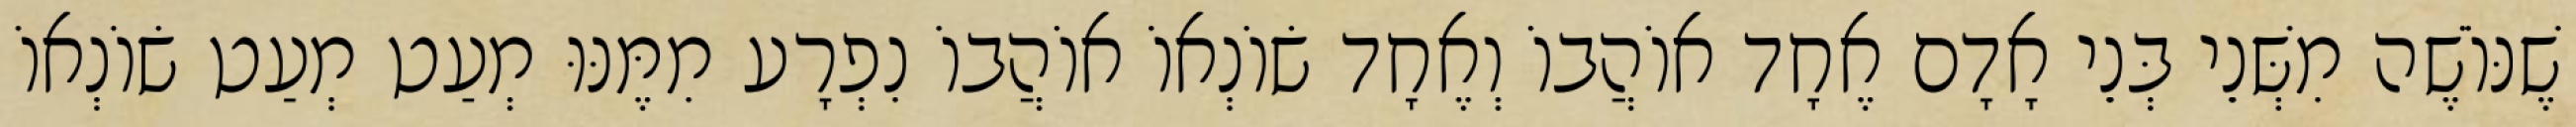
שֶׁנּוֹשֶׁה מִשְּׁנֵי בְּנֵי אָדָם אֶחָד אוֹהֲבוֹ וְאֶחָד שׂוֹנְאוֹ אוֹהֲבוֹ נִפְרָע מִמֶּנּוּ מְעַט מְעַט שׂוֹנְאוֹ